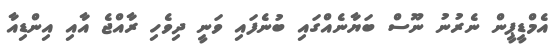
އެމްޑީޕީން ނެރުނު ނޫސް ބަޔާނެއްގައި ބުނެފައި ވަނީ ދިވެހި ރާއްޖެ އާއި އިންޑިއާ